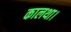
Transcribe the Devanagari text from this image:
कालथा।